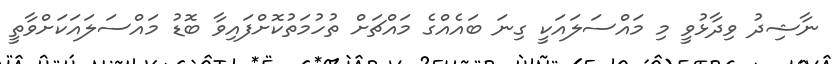
ނާޝިދު ވިދާޅުވީ މި މައްސަލައަކީ ގިނަ ބައެއްގެ މައްޗަށް ތުހުމަތުކޮށްފައިވާ ބޮޑު މައްސަލައަކަށްވާތީ